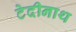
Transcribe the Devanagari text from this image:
टेदीनाथ